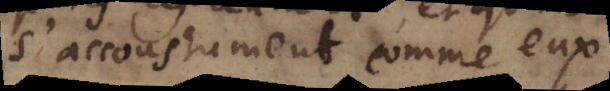
s’accoustument comme eux